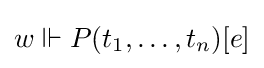
w\Vdash P(t_{1},\dots ,t_{n})[e]